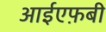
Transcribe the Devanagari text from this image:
आईएफ़बी